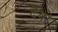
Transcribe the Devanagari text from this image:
दैवो